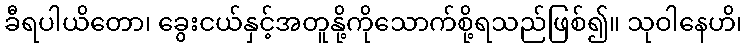
ခီရပါယိတော၊ ခွေးငယ်နှင့်အတူနို့ကိုသောက်စို့ရသည်ဖြစ်၍။ သုဝါနေဟိ၊